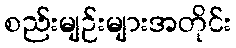
စည်းမျဉ်းများအတိုင်း